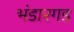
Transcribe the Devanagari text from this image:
भंडारगड